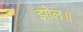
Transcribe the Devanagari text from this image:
झोल॥